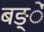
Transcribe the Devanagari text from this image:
बङ्ें